Civil Veterinary Dept. Bombay admin report 1900-1906 - 1900-1906
Year: 1900
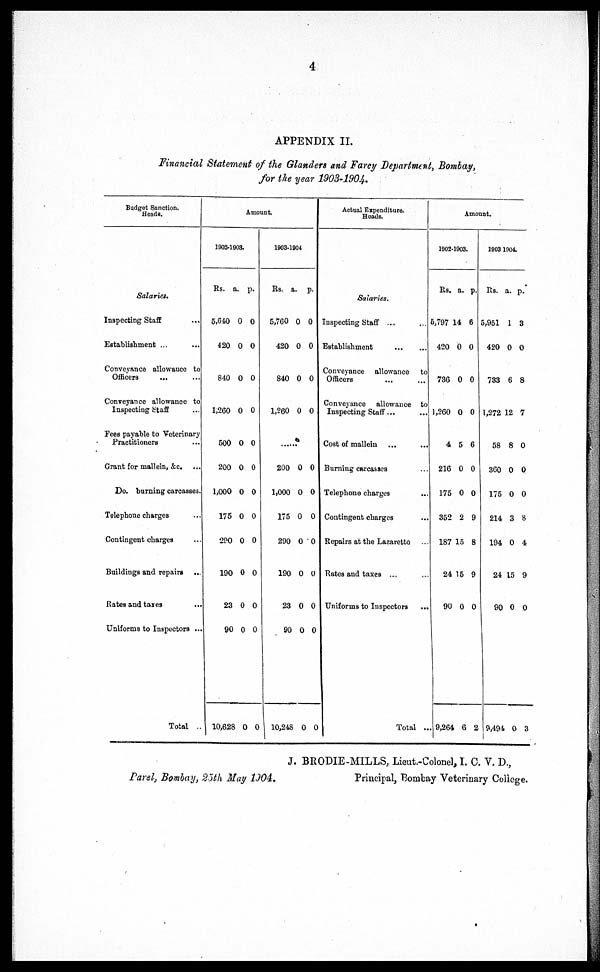
4
APPENDIX II.
Financial Statement of the Glanders and Farcy Department, Bombay,
for the year 1903-1904.
Budget Sanction.
Heads.
Salaries.
Inspecting Staff ...
Establishment ...
...
Conveyance allowance to
Officers
...
Conveyance allowance to
Inspecting Staff ...
Fees payable to Veterinary
Practitioners ...
Grant for mallein, &c. ...
Do. burning carcasses.
Telephone charges ...
Contingent charges ...
Buildings and repairs ...
Rates and taxes
...
Uniforms to Inspectors ...
Total ...
Amount.
1903-1903.
Rs. a. p.
5,640 0 0
420 0 0
840 0 0
1,260 0 0
500 0 0
200 0 0
1,000 0 0
175 0 0
290 0 0
190 0 0
23 0 0
90 0 0
10,628 0 0
1903-1904
Rs. a. p.
5,760 0 0
420 0 0
840 0 0
1,260 0 0
200 0 0
1,000 0 0
175 0 0
290 0 0
190 0 0
23 0 0
90 0 0
10,248 0 0
Actual Expenditure.
Heads.
Salaries.
Inspecting Staff ...
Establishment
...
...
Conveyance
allowance
to
Officers
Conveyance
allowance
to
Inspecting Staff ... ...
Cost of mallein ... ...
Burning carcasses ...
Telephone charges ...
Contingent charges ...
Repairs at the Lazaretto ...
Rates and taxes ... ...
Uniforms to Inspectors ...
Total ...
Amount.
1902-1903.
Rs. a. p.
5,797 14 6
420 0 0
736 0 0
1,260 0 0
4 5 6
216 0 0
175 0 0
352 2 9
187 15 8
24 15 9
90 0 0
9,264 6 2
19031904
Rs. a. p.
5,951 1 3
420 0 0
733 6 8
1,272 12 7
58 8 0
360 0 0
175 0 0
214 3 8
194 0 4
24 15 9
90 0 0
9,494 0 3
Parel, Bombay, 25th May 1904.
J. BRODIE-MILLS, Lieut.-Colonel, I. C. V. D.,
Principal, Bombay Veterinary College.